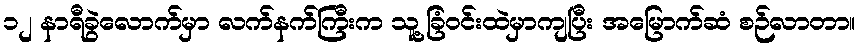
၁၂ နာရီခွဲလောက်မှာ လက်နက်ကြီးက သူ့ခြံဝင်းထဲမှာကျပြီး အမြောက်ဆံ စဉ်လာတာ။